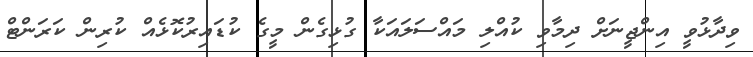
ވިދާޅުވީ އިންޖީނަށް ދިމާވި ކުއްލި މައްސަލައަކާ ގުޅިގެން މީގެ ކުޑައިރުކޮޅެއް ކުރިން ކަރަންޓް